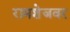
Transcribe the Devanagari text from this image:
रामशेजवर